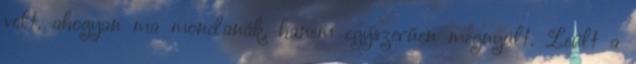
volt, ahogyan ma mondanák, hanem egyszerűen megnyúlt. Leült a